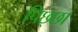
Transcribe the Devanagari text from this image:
पिछ्छा